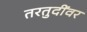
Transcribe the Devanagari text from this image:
तरतुदींवर